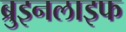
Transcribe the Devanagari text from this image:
ब्रुइनलाइफ